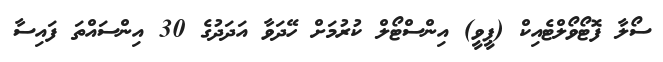
ސޯލާ ފޮޓޯވޯލްޓެއިކް (ޕީވީ) އިންސްޓޯލް ކުރުމަށް ހޭދަވާ އަދަދުގެ 30 އިންސައްތަ ފައިސާ